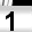
Digit: 1